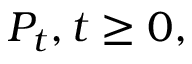
P _ { t } , t \geq 0 ,